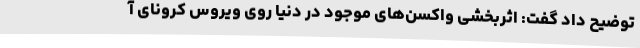
توضیح داد گفت: اثربخشی واکسن‌های موجود در دنیا روی ویروس کرونای آ